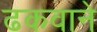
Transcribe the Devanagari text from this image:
ढकवाने